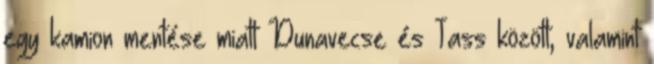
egy kamion mentése miatt Dunavecse és Tass között, valamint